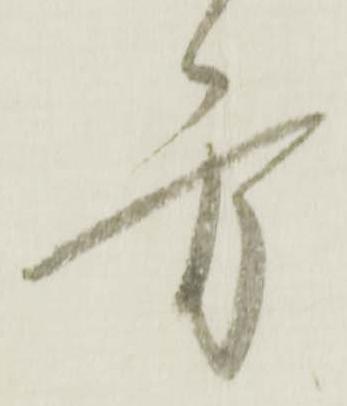
方